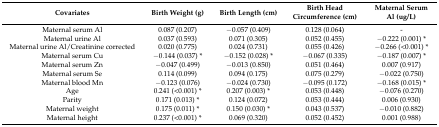
| Covariates | Birth Weight (g) | Birth Length (cm) | Birth Head Circumference (cm) | Maternal Serum Al (ug/L) |
 | --- | --- | --- | --- | --- |
 | Maternal serum Al | 0.087 (0.207) | −0.057 (0.409) | 0.128 (0.064) | - |
 | Maternal urine Al | 0.037 (0.593) | 0.071 (0.305) | 0.052 (0.455) | −0.222 (0.001) * |
 | Maternal urine Al/Creatinine corrected | 0.020 (0.775) | 0.024 (0.731) | 0.055 (0.426) | −0.266 (<0.001) * |
 | Maternal serum Cu | −0.144 (0.037) * | −0.152 (0.028) * | −0.067 (0.335) | −0.187 (0.007) * |
 | Maternal serum Zn | −0.047 (0.499) | −0.013 (0.850) | 0.051 (0.464) | 0.007 (0.917) |
 | Maternal serum Se | 0.114 (0.099) | 0.094 (0.175) | 0.075 (0.279) | −0.022 (0.750) |
 | Maternal blood Mn | −0.123 (0.076) | −0.024 (0.730) | −0.095 (0.172) | −0.168 (0.015) * |
 | Age | 0.241 (<0.001) * | 0.207 (0.003) * | 0.053 (0.448) | −0.076 (0.270) |
 | Parity | 0.171 (0.013) * | 0.124 (0.072) | 0.053 (0.444) | 0.006 (0.930) |
 | Maternal weight | 0.175 (0.011) * | 0.150 (0.030) * | 0.043 (0.537) | −0.010 (0.882) |
 | Maternal height | 0.237 (<0.001) * | 0.069 (0.320) | 0.052 (0.452) | 0.001 (0.988) |